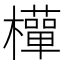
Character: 𭬩